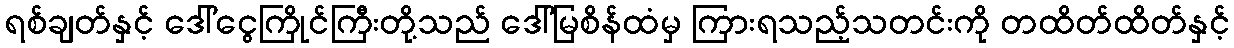
ရစ်ချတ်နှင့် ဒေါ်ငွေကြိုင်ကြီးတို့သည် ဒေါ်မြစိန်ထံမှ ကြားရသည့်သတင်းကို တထိတ်ထိတ်နှင့်